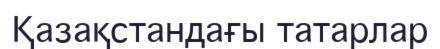
Қазақстандағы татарлар